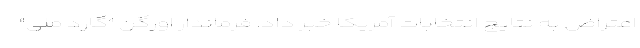
اعتراض به نتایج انتخابات آمریکا خبر داد. فرماندار اورگن "گارد ملی"